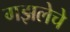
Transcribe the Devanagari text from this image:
गझलेचे